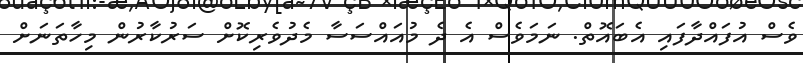
ވެސް އުފައްދާފައި އެބައޮތް. ނަމަވެސް އެ ދެ މުއައްސަސާ މެދުވެރިކޮށް ސަރުކާރުން މިހާތަނަށް